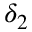
\delta _ { 2 }